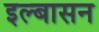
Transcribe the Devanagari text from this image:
इल्बासन